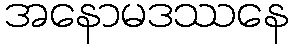
အနောမဒဿနေ